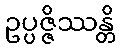
ဥပ္ပဇ္ဇိဿန္တိ